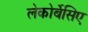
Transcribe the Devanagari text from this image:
लेकोर्बेसिए